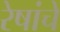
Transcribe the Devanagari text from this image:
रेषांचे